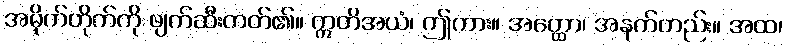
အမိုက်တိုက်ကို ဖျက်ဆီးတတ်၏။ ဣတိအယံ၊ ဤကား။ အတ္ထော၊ အနက်တည်း။ အထ၊